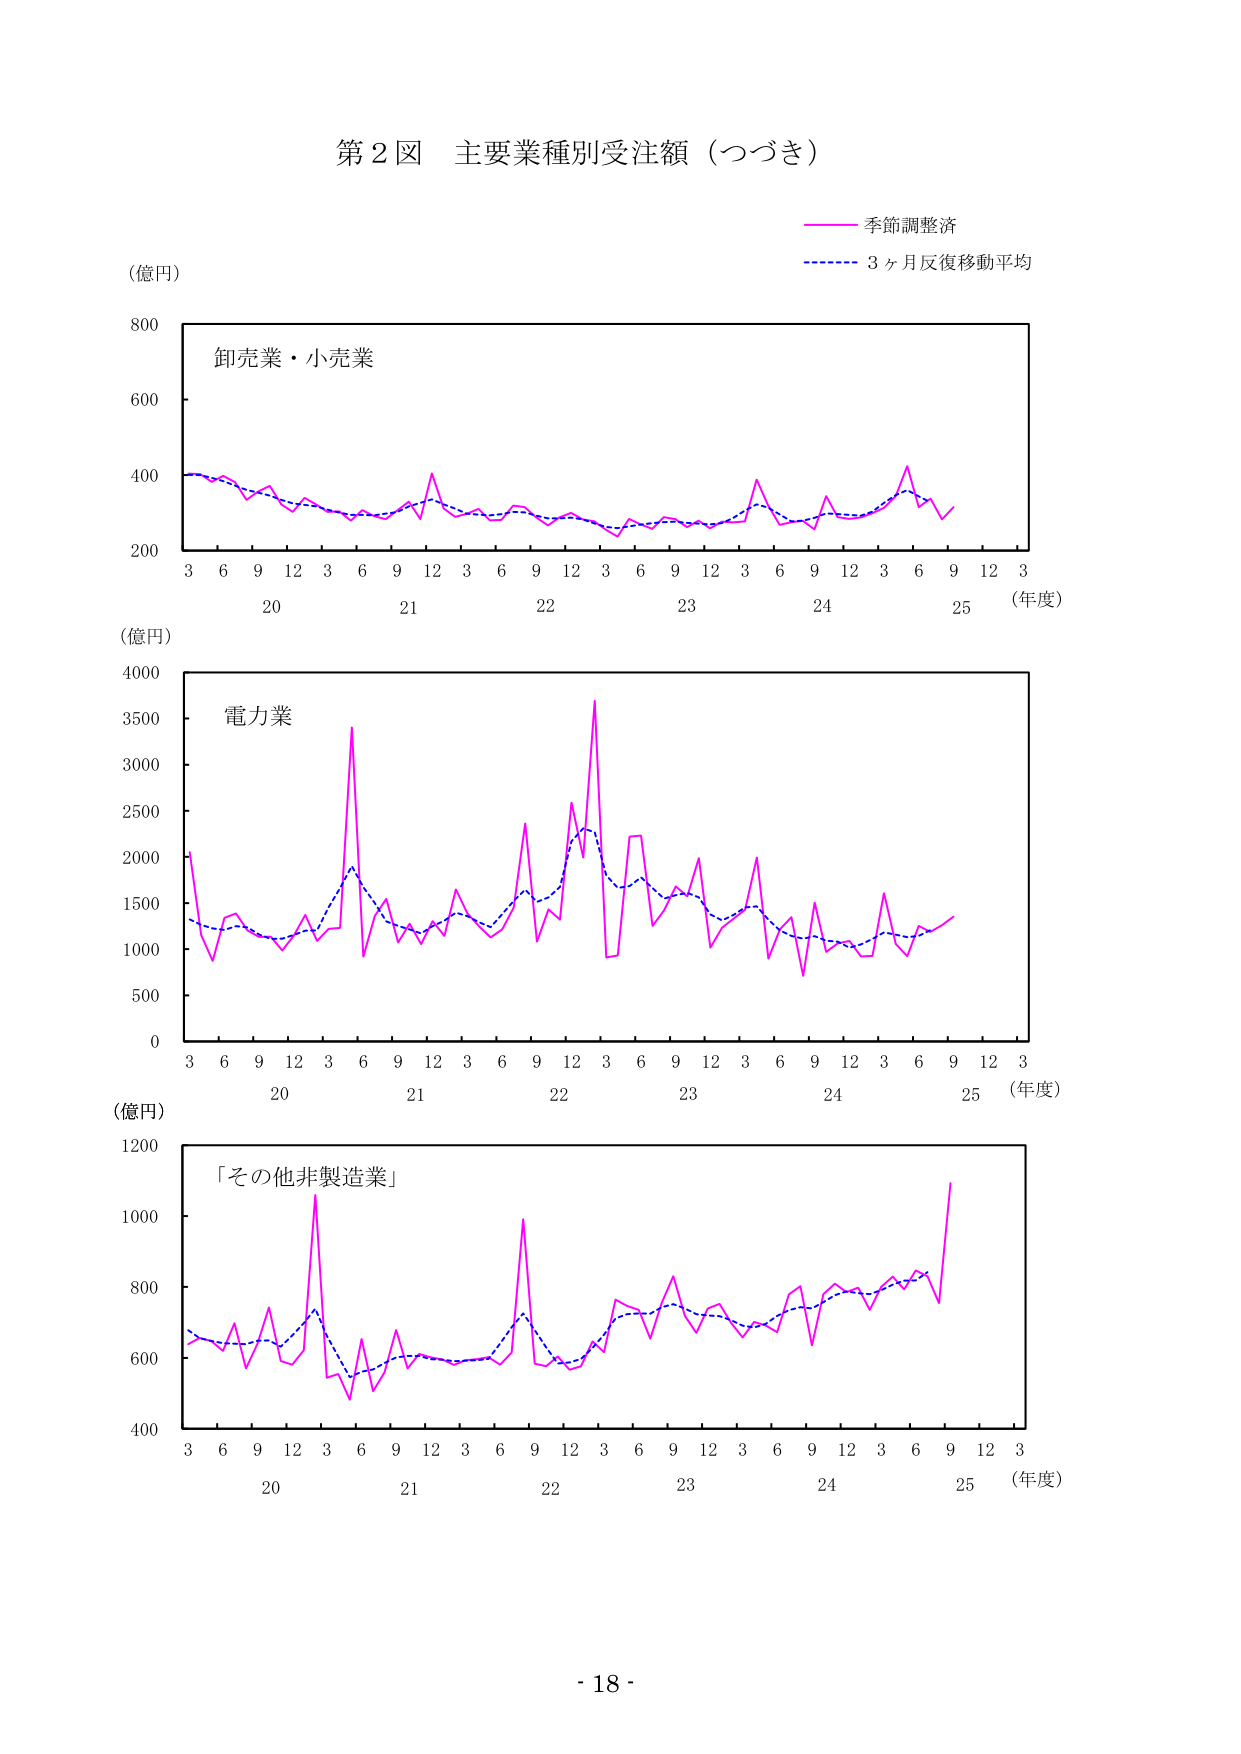
第２図 主要業種別受注額（つづき）

（億円）

卸売業・小売業

季節調整済
3ヶ月反復移動平均

（年度）
3 6 9 12 3 6 9 12 3 6 9 12 3 6 9 12 3 6 9 12 3
20 21 22 23 24 25

（億円）

電力業

（年度）
3 6 9 12 3 6 9 12 3 6 9 12 3 6 9 12 3 6 9 12 3
20 21 22 23 24 25

（億円）

「その他非製造業」

（年度）
3 6 9 12 3 6 9 12 3 6 9 12 3 6 9 12 3 6 9 12 3
20 21 22 23 24 25

- 18 -